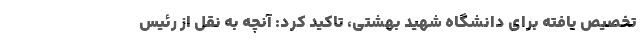
تخصیص یافته برای دانشگاه شهید بهشتی، تاکید کرد: آنچه به نقل از رئیس